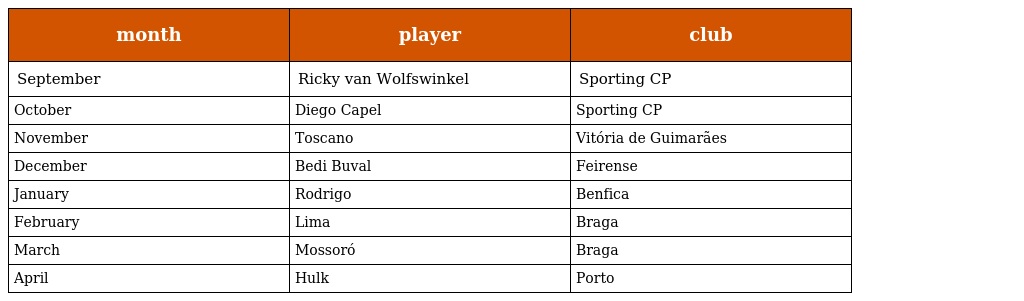
| month | player | club |
 | --- | --- | --- |
 | September | Ricky van Wolfswinkel | Sporting CP |
 | October | Diego Capel | Sporting CP |
 | November | Toscano | Vitória de Guimarães |
 | December | Bedi Buval | Feirense |
 | January | Rodrigo | Benfica |
 | February | Lima | Braga |
 | March | Mossoró | Braga |
 | April | Hulk | Porto |